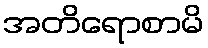
အတိရောစာမိ